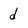
Character: d